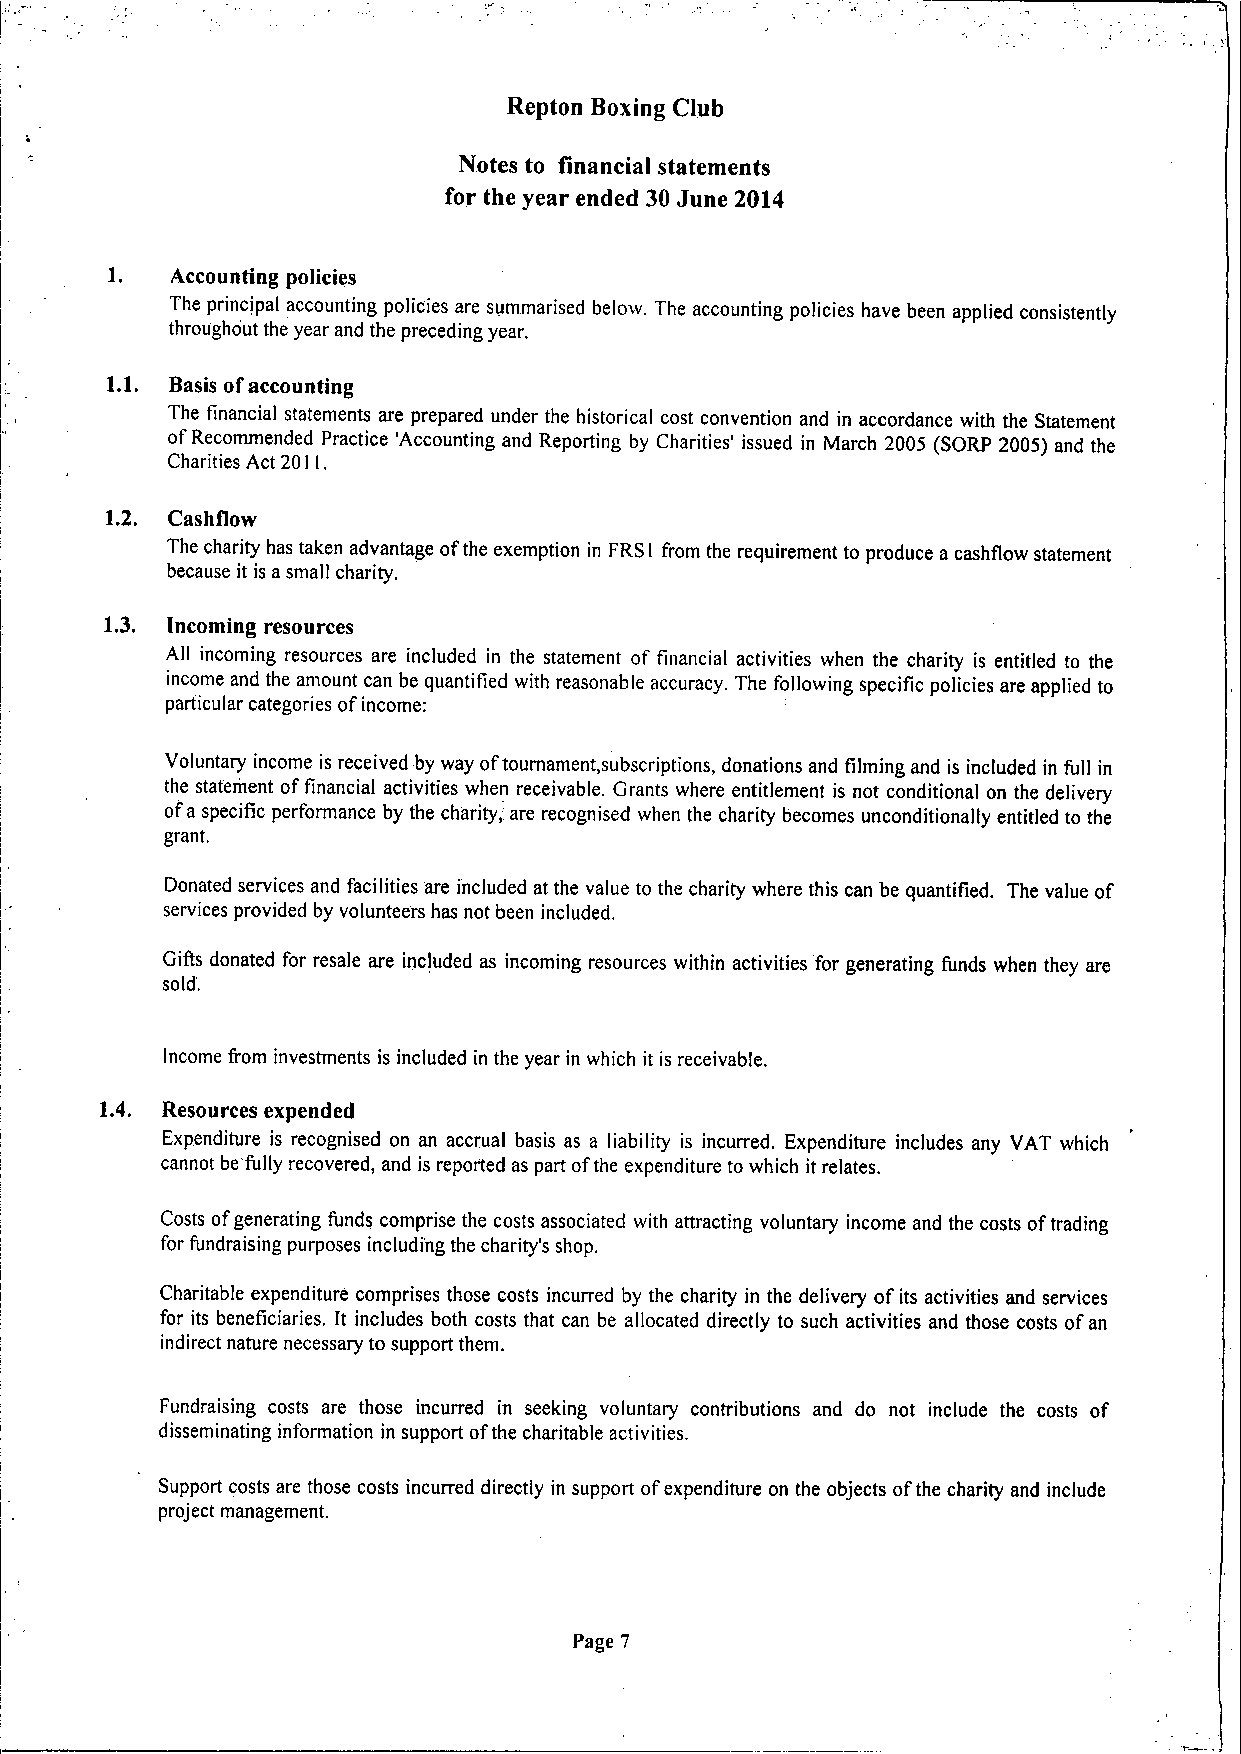
Repton Boxing Club
 Notes to financial statements
 for the year ended 30 June 2014
 1.  Accounting policies
 The principal accounting policies are summarised below. The accounting policies have been applied consistently
 throughout the year and the preceding year.
 1.1. Basis ofaccounting
 The financial statements are prepared under the historical cost convention and in accordance with the Statement
 ofRecommended Practice 'Accounting and Reporting by Charities' issued in March 2005 (SORP 2005) and the
 Charities Act 20 I.
 I
 flo
 1.2. Cash
 The charity has taken advantage ofthe exemption in FRS I from the requirement to produce a cashflow statement
 because it is asmall charity.
 1.3. Incoming resources
 All incoming resources are included in the statement of financial activities when the charity is entitled to the
 income and the amount can be quantified with reasonable accuracy. The following specific policies are applied to
 particular categories ofincome:
 Voluntary income is received by way oftournament, subscriptions, donations and filming and is included in full in
 the statement offinancial activities when receivable. Grants where entitlement is not conditional on the delivery
 ofa specific performance by the charity, are recognised when the charity becomes unconditionally entitled to the
 grant.
 Donated services and facilities are included at the value to the charity where this can be quantified. The value of
 services provided by volunteers has not been included.
 Gifts donated for resale are included as incoming resources within activities for generating funds when they are
 sold.
 Income from investments is included in the year in which it is receivable.
 1.4. Resources expended
 Expenditure is recognised on an accrual basis as a liability is incurred. Expenditure includes any VAT which
 cannot be fully recovered, and is reported as part ofthe expenditure to which it relates.
 Costs ofgenerating funds comprise the costs associated with attracting voluntary income and the costs oftrading
 for fundraising purposes including the charity's shop.
 Charitable expenditure comprises those costs incurred by the charity in the delivery ofits activities and services
 for its beneficiaries. It includes both costs that can be allocated directly to such activities and those costs ofan
 indirect nature necessary to support them.
 Fundraising costs are those incurred in seeking voluntary contributions and do not include the costs of
 disseminating information in support ofthe charitable activities.
 Support costs are those costs incurred directly in support ofexpenditure on the objects ofthe charity and include
 project management.
 Page 7